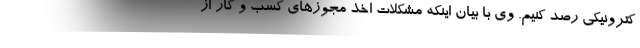
کترونیکی رصد کنیم. وی با بیان اینکه مشکلات اخذ مجوزهای کسب و کار از